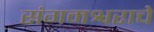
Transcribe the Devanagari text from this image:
संगमश्वराचे